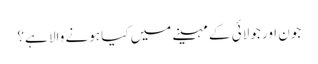
جون اور جولائی کے مہینے میں کیا ہونے والا ہے؟